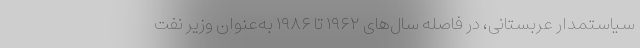
سیاستمدار عربستانی، در فاصله سال‌های ۱۹۶۲ تا ۱۹۸۶ به‌عنوان وزیر نفت